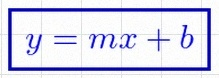
y=mx+b